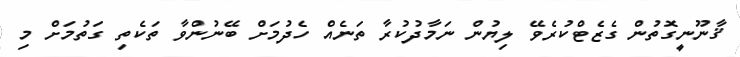
ޤާނޫނީގޮތުން ގެޒެޓްކުރެވޭ ލިޔުން ނަމާދުކުރާ ތަނެއް ހެދުމަށް ބޭނުންވާ ތަކެތި ގަތުމަށް މި